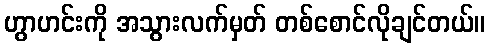
ဟွာဟင်းကို အသွားလက်မှတ် တစ်စောင်လိုချင်တယ်။